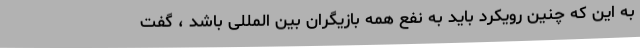
به این که چنین رویکرد باید به نفع همه بازیگران بین المللی باشد ، گفت